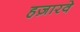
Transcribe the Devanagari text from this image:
हज़ारवे